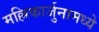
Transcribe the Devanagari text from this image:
मल्लिकार्जुनामध्ये